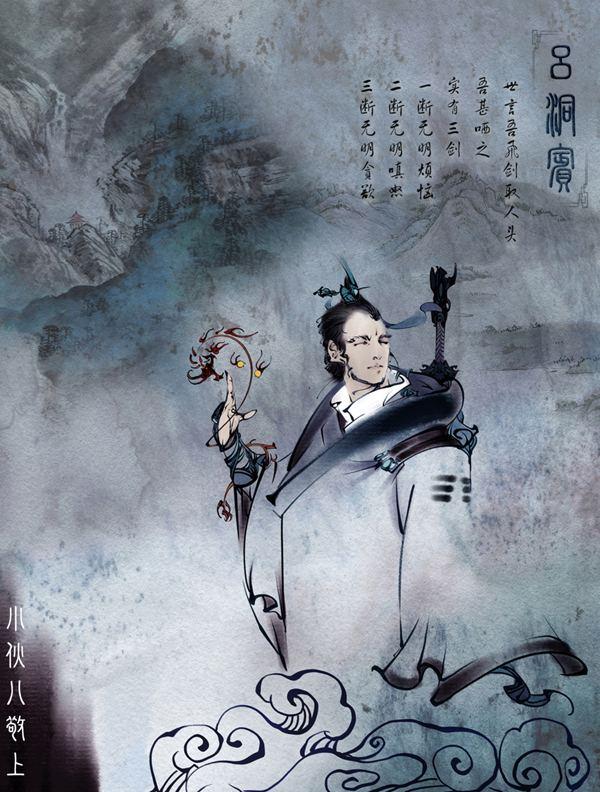
今夜故人来不来，教人立尽梧桐影。